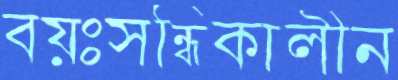
বয়ঃসন্ধিকালীন